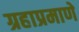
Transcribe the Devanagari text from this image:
ग्रहाप्रमाणे